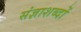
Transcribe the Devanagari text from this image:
संज्ञाशब्दों